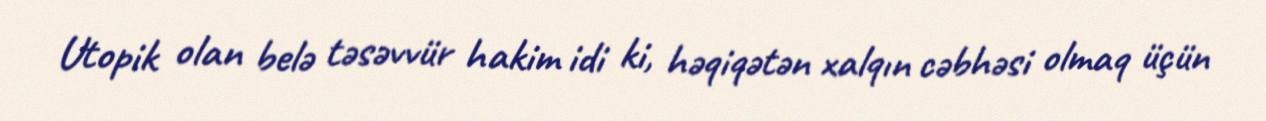
Utopik olan belə təsəvvür hakim idi ki, həqiqətən xalqın cəbhəsi olmaq üçün